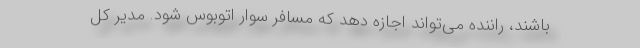
باشند، راننده می‌تواند اجازه دهد که مسافر سوار اتوبوس شود. مدیر کل